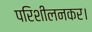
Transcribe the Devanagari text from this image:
परिशीलनकर।